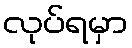
လုပ်ရမှာ